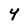
Character: 4